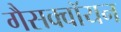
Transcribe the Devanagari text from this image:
गैसक्वॉयन